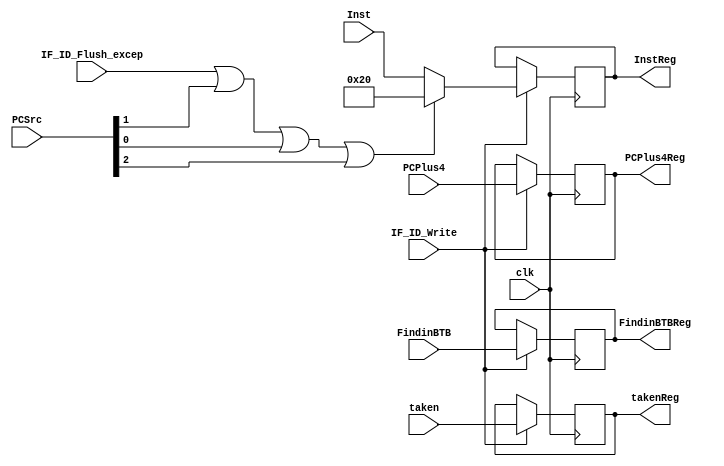
`timescale 1ns / 1ps
//////////////////////////////////////////////////////////////////////////////////
// Company: 
// Engineer: 
// 
// Design Name: 
// Module Name:    IFID 
// Project Name: 
// Target Devices: 
// Tool versions: 
// Description: 
//
// Dependencies: 
//
// Revision: 
// Revision 0.01 - File Created
// Additional Comments: 
//
//////////////////////////////////////////////////////////////////////////////////
module IFID(
PCPlus4,
Inst,
IF_ID_Write,
IF_ID_Flush_excep,
PCSrc,
FindinBTB,
taken,
PCPlus4Reg,
InstReg,
FindinBTBReg,
takenReg,
clk
    );
	 
input [31:0] PCPlus4,Inst;
input clk,IF_ID_Write,IF_ID_Flush_excep, FindinBTB, taken;
input [2:0] PCSrc; //PCSrc[2] = BTB takes wrong branch so need to insert a bubble in stage 2

output [31:0] PCPlus4Reg, InstReg;
reg [31:0] PCPlus4Reg, InstReg;

output FindinBTBReg, takenReg;
reg FindinBTBReg, takenReg;

wire [31:0] Instruction;
wire [31:0] NOP;

assign NOP = 32'b000000_00000_00000_00000_00000_100000;
assign Instruction = (IF_ID_Flush_excep || PCSrc[1] || PCSrc[0] || PCSrc[2])?(NOP):(Inst);

always @ (posedge clk)
begin
	if(IF_ID_Write == 1'b0)
	begin
	end
	else
	begin
		PCPlus4Reg <= PCPlus4;
		InstReg <= Instruction;
		FindinBTBReg <= FindinBTB;
		takenReg <= taken;
	end
end



endmodule